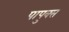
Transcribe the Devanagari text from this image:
पापुक्स